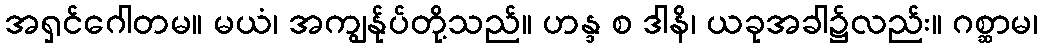
အရှင်ဂေါတမ။ မယံ၊ အကျွန်ုပ်တို့သည်။ ဟန္ဒ စ ဒါနိ၊ ယခုအခါ၌လည်း။ ဂစ္ဆာမ၊